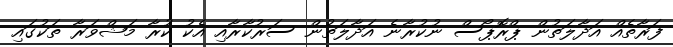
ފަރާތެއް އަދާލަތުން ޕްރޮޕޯސް ނުކުރާނެ އަދާލަތުން ސަރުކާރާއި އެކު ކުރާ މަޝްވަރާ ތަކުގައި